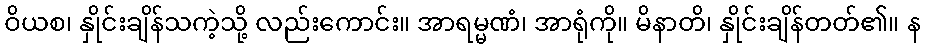
ဝိယစ၊ နှိုင်းချိန်သကဲ့သို့ လည်းကောင်း။ အာရမ္မဏံ၊ အာရုံကို။ မိနာတိ၊ နှိုင်းချိန်တတ်၏။ န